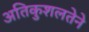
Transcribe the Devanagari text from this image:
अतिकुशलतेने